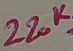
Text: 220K